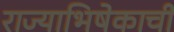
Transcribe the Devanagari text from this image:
राज्याभिषेकाची